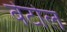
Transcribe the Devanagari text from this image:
बेटोल